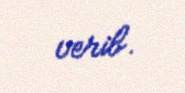
verib.